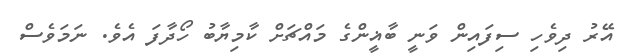
އޭރު ދިވެހި ސިފައިން ވަނީ ބާޣީންގެ މައްޗަށް ކާމިޔާބު ހޯދާފަ އެވެ. ނަމަވެސް